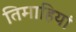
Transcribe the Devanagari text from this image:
तिमाहियां